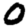
Digit: 0